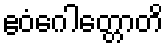
ဧဝံဂေါတ္တောတိ